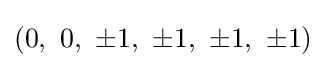
(0,\ 0,\ \pm 1,\ \pm 1,\ \pm 1,\ \pm 1)